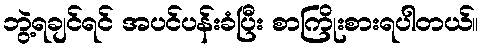
ဘွဲ့ရချင်ရင် အပင်ပန်းခံပြီး စာကြိုးစားရပါတယ်။